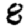
Digit: 8